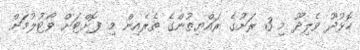
ހޮޅުދޫ ވެލިދޫ މި 3 ރަށުގެ ރައްޔިތުންގެ ތެރެއިން މި ފޮށްޓަށް ވޯޓުލުމަށް